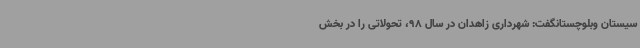
سیستان وبلوچستانگفت: شهرداری زاهدان در سال 98، تحولاتی را در بخش